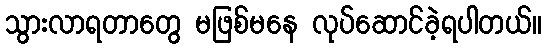
သွားလာရတာတွေ မဖြစ်မနေ လုပ်ဆောင်ခဲ့ရပါတယ်။